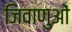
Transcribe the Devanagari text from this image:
जिवाणुओं